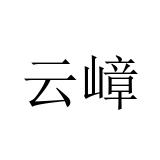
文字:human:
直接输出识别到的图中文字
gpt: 云嶂